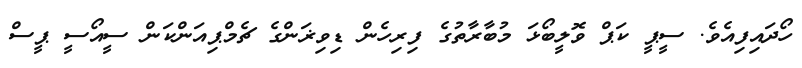
ހޯދައިފިއެވެ. ސީޕީ ކަޕް ވޮލީބޯޅަ މުބާރާތުގެ ފިރިހެން ޑިވިޜަންގެ ޗެމްޕިއަންކަން ސީއޯސީ ޕީސް